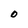
Character: O